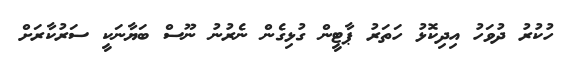
ހުކުރު ދުވަހު އިދިކޮޅު ހަތަރު ޕާޓީން ގުޅިގެން ނެރުނު ނޫސް ބަޔާނަކީ ސަރުކާރަށް